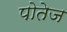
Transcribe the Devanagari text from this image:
पोतेज